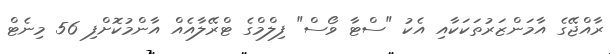
ރާއްޖޭގެ އާމަންޒަރުތަކަކާއި އެކު "ސްޓާ ވޯސް" ފިލްމްގެ ޓްރޭލާއެއް އާންމުކޮށްފި 56 މިނެޓް